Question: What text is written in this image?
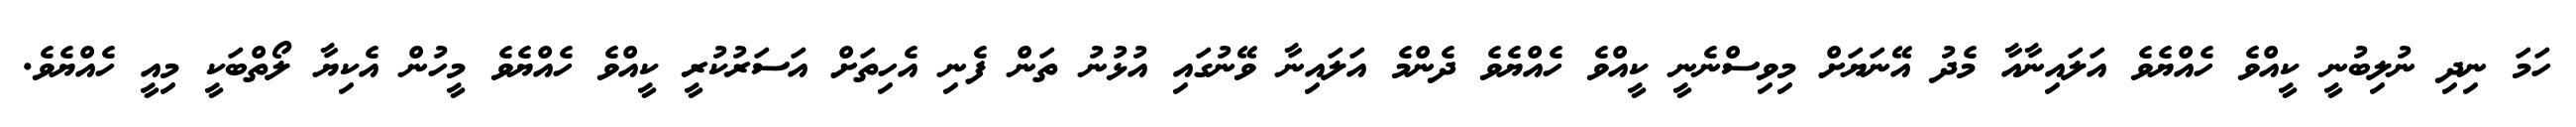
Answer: ހަމަ ނިދި ނުލިބުނީ ކީއްވެ ހެއްޔެވެ އަލައިނާއާ މެދު އޭނަޔަށް މިވިސްނެނީ ކީއްވެ ހެއްޔެވެ ދެންމެ އަލައިނާ ވޭނުގައި އުޅުނު ތަން ފެނި އެހިތަށް އަސަރުކުރީ ކީއްވެ ހެއްޔެވެ މީހުން އެކިޔާ ލޯތްބަކީ މިއީ ހެއްޔެވެ.